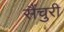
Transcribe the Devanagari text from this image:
सैंचुरी